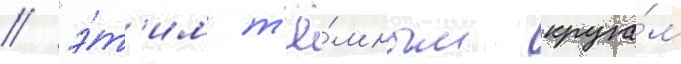
// "э́т'им т'ё́мным круга́м